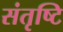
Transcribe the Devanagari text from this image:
संतृष्टि